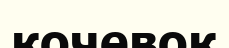
кочевок